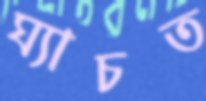
ঘ্যাচত